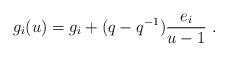
LaTeX: \begin{align*}g_i(u)=g_i+(q-q^{-1})\frac{e_i}{u-1}\ .\end{align*}